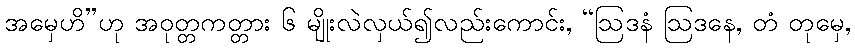
အမှေဟိ”ဟု အဝုတ္တကတ္တား ၆ မျိုးလဲလှယ်၍လည်းကောင်း, “ဩဒနံ ဩဒနေ, တံ တုမှေ,